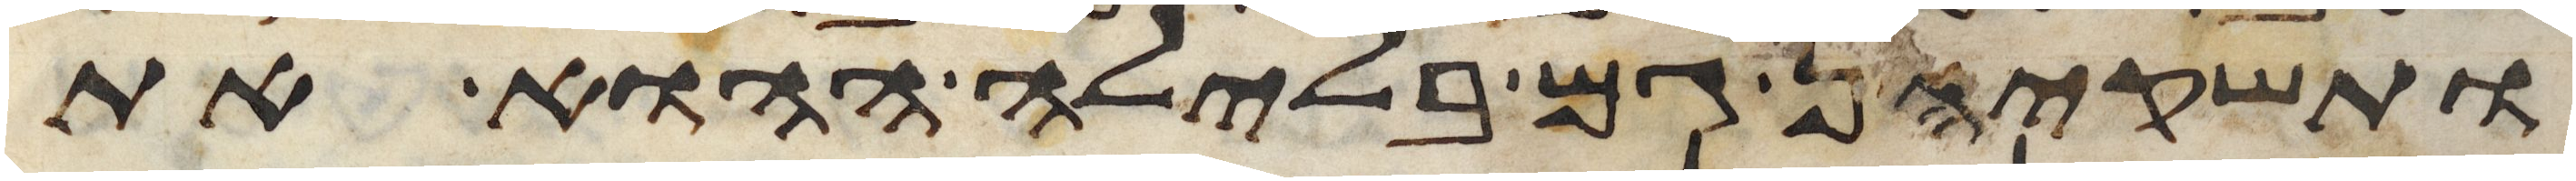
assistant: ותשקיהן גם בלילה ההוא את